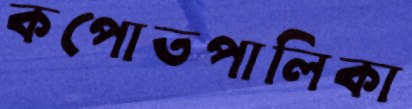
কপোতপালিকা